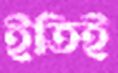
ইতিই